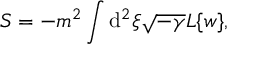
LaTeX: { \cal S } = - m ^ { 2 } \int \mathrm { d } ^ { 2 } \xi \sqrt { - \gamma } { \cal L } \{ w \} ,